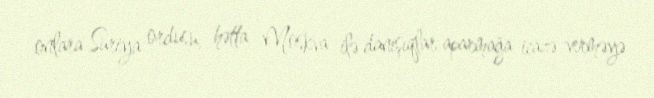
onlara Suriya ordusu, hətta Moskva ilə danışıqlar aparmağa icazə verməyə